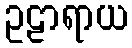
ဥဠာရာယ